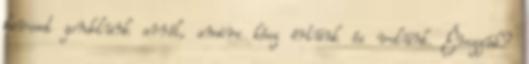
keveset gondolunk arról, amire kész értünk és velünk. Érezzük?